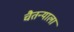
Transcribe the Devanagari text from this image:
चैतन्याला